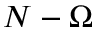
N - \Omega